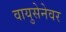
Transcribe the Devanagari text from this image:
वायुसेनेवर